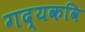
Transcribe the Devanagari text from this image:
गद्यकवि